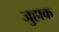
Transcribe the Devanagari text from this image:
जुहाक